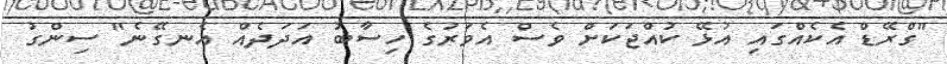
"ގްރޭޑް އެކެއްގައި އުޅޭ ކުއްޖަކަށް ވެސް އެވަރުގެ ހިސާބު އަދަދެއް އެނގޭނެ" ސިންގު